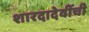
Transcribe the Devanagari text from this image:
शारदादेवींची